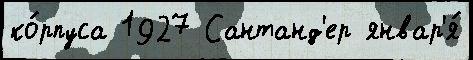
ко́рпуса 1927 Сантанд'ер январ'я́